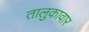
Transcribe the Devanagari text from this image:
तालुकावार